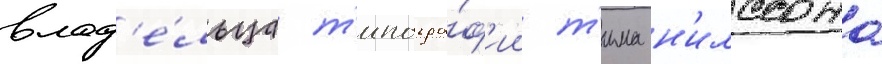
влад'е́льца т'ипогра́ф'ии т'има н'илссона